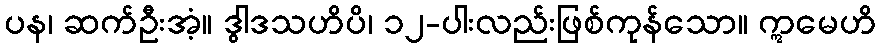
ပန၊ ဆက်ဦးအံ့။ ဒွါဒသဟိပိ၊ ၁၂-ပါးလည်းဖြစ်ကုန်သော။ ဣမေဟိ